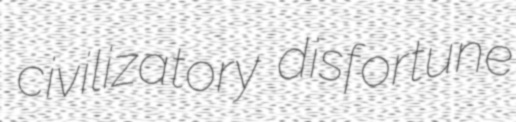
civilizatory disfortune